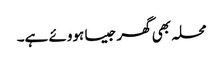
محلہ بھی گھر جیسا ہووئے ہے۔